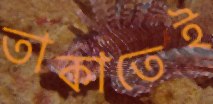
তাকাতেই